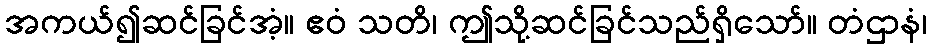
အကယ်၍ဆင်ခြင်အံ့။ ဧဝံ သတိ၊ ဤသို့ဆင်ခြင်သည်ရှိသော်။ တံဌာနံ၊